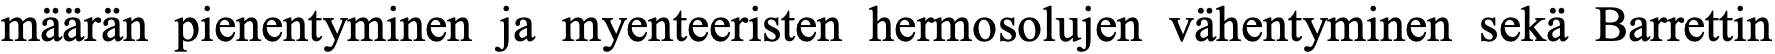
määrän pienentyminen ja myenteeristen hermosolujen vähentyminen sekä Barrettin